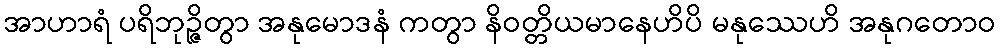
အာဟာရံ ပရိဘုဉ္ဇိတွာ အနုမောဒနံ ကတွာ နိဝတ္တိယမာနေဟိပိ မနုဿေဟိ အနုဂတောဝ